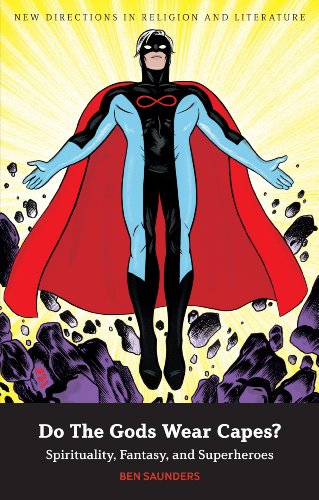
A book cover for Do The Gods Wear Capes?: Spirituality, Fantasy, and Superheroes (New Directions in Religion & Literature); Ben Saunders; Comics & Graphic Novels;